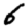
Digit: 6